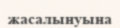
жасалынуына